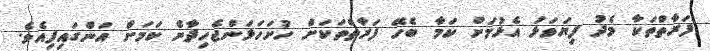
ފަރާތްތަކާ މެދު ފިޔަވަޅު އެޅުމަށް ކަމާ ބެހޭ ފަރާތްތަކަށް ހުށަހަޅަންޖެހިދާނެ ކަމަށް އަންގައިފިއެވެ.